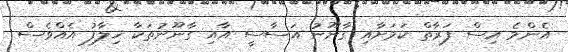
އެންމެ އިސް ފަރާތް ކަމަށާއި ގާނޫނު އަސާސީ އާއި ގާނޫނުތަކާ ޚިލާފު އެއްވެސް